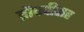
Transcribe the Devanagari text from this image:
द्रौपदीसह